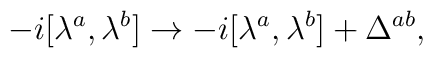
-i[\lambda ^{a},\lambda ^{b}]\rightarrow -i[\lambda ^{a},\lambda^{b}]+\Delta ^{ab},